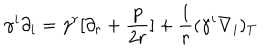
LaTeX: \gamma ^ { i } \partial _ { i } = \gamma ^ { r } [ \partial _ { r } + { \frac { p } { 2 r } } ] + { \frac { 1 } { r } } ( \gamma ^ { i } \nabla _ { i } ) _ { T }